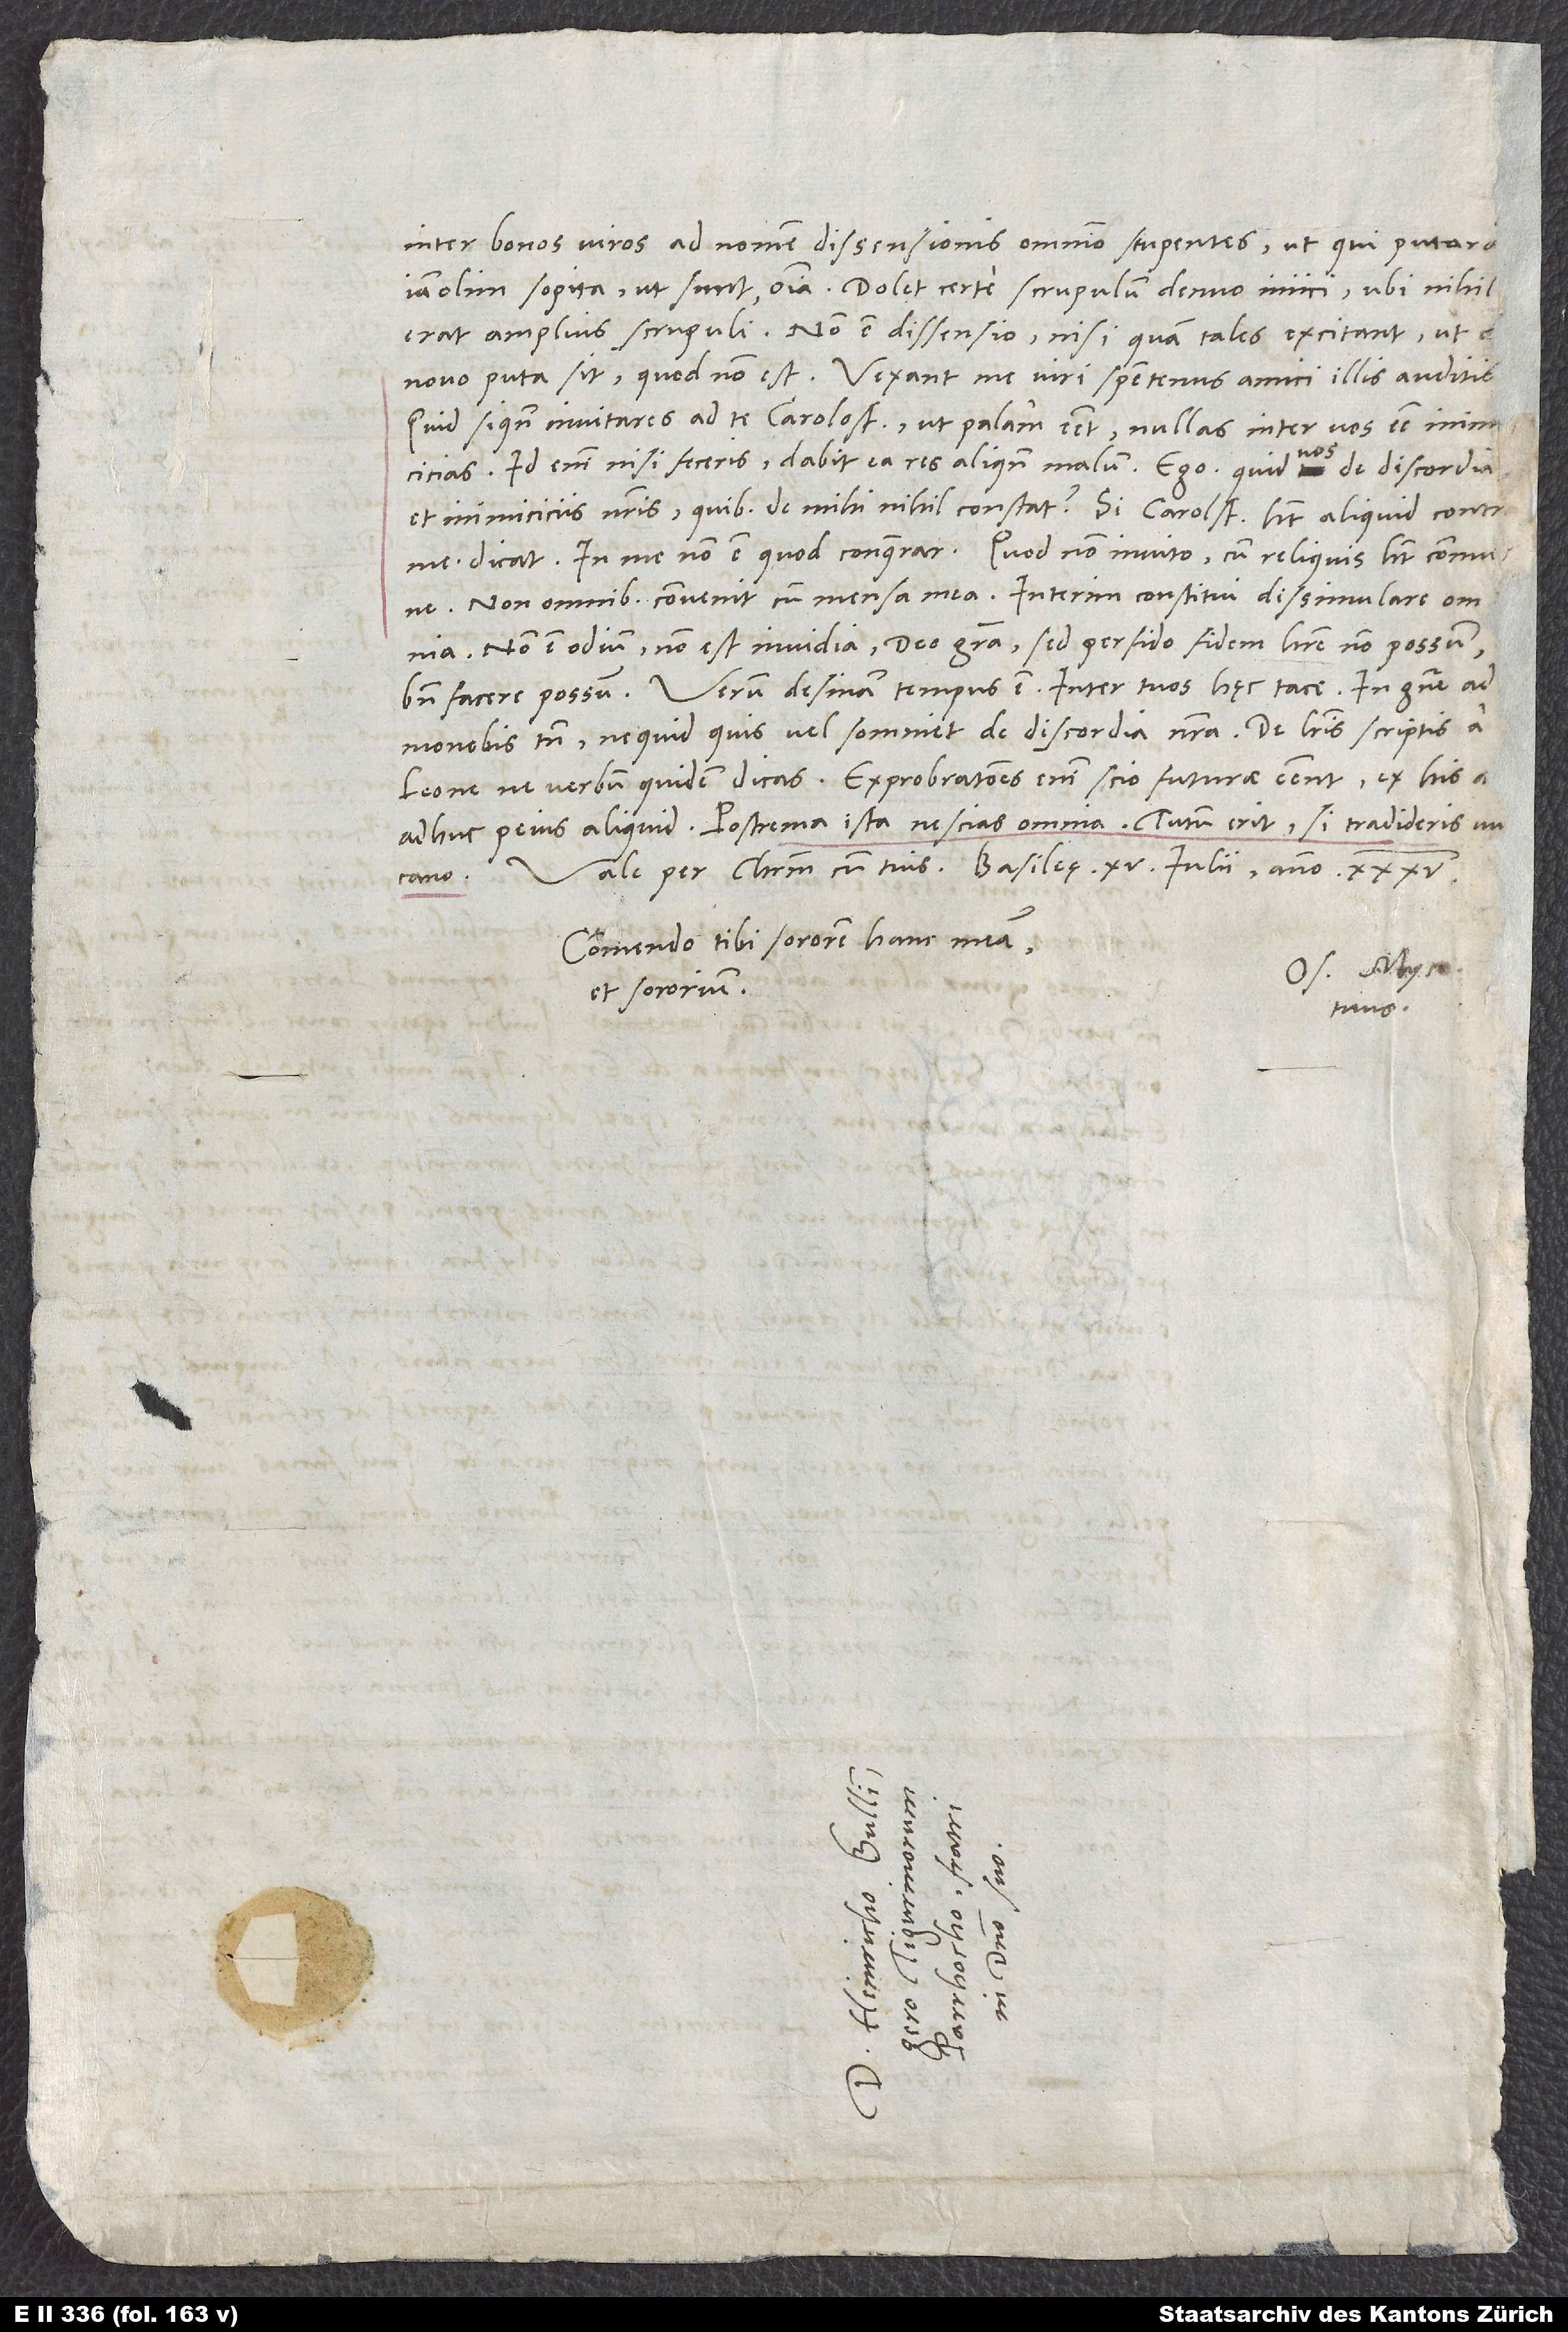
inter bonos viros ad nornen dissensionis omnino stupentes, ut qui putaracano.
vos
caro
Commendo tibi sororem hanc meam
Os. Myc.
et sororium.
tuus.
S.